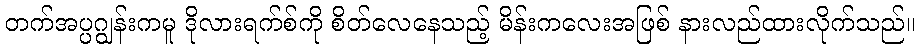
တက်အပ္ပဂျွန်းကမူ ဒိုလားရက်စ်ကို စိတ်လေနေသည့် မိန်းကလေးအဖြစ် နားလည်ထားလိုက်သည်။